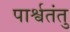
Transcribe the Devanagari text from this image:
पार्श्वतंतु